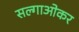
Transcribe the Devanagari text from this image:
सल्गाओकर